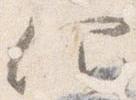
仰